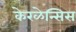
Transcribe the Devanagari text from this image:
केरळेन्सिस